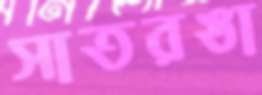
সাতরঙা